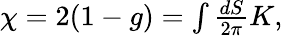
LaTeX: \begin{array}{r}{\chi=2(1-g)=\int\frac{dS}{2\pi}K,}\end{array}